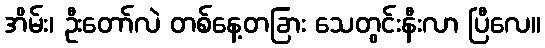
အိမ်း၊ ဦးတော်လဲ တစ်နေ့တခြား သေတွင်းနီးလာ ပြီလေ။